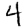
Digit: 4